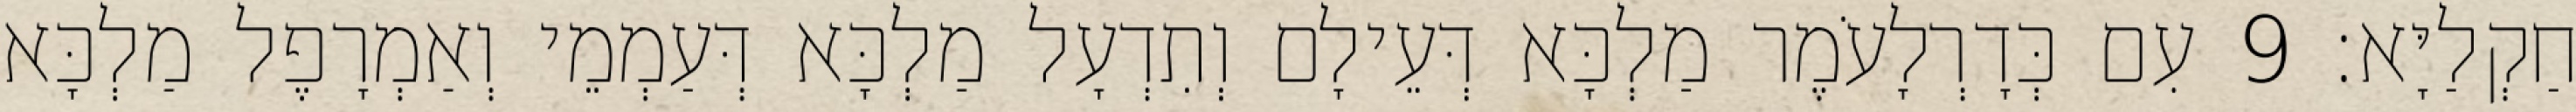
חַקְלַיָּא׃ 9 עִם כְּדָרְלָעֹמֶר מַלְכָּא דְּעֵילָם וְתִדְעָל מַלְכָּא דְּעַמְמֵי וְאַמְרָפֶל מַלְכָּא